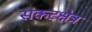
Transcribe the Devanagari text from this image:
संकटक्षेत्र